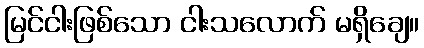
မြင်ငါးဖြစ်သော ငါးသလောက် မရှိချေ။